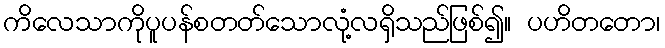
ကိလေသာကိုပူပန်စတတ်သောလုံ့လရှိသည်ဖြစ်၍။ ပဟိတတော၊